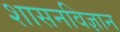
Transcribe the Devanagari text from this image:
शासनविज्ञान